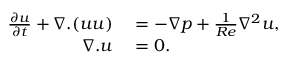
\begin{array} { r l } { \frac { \partial \boldsymbol { u } } { \partial t } + \nabla . ( { \boldsymbol { u } } { \boldsymbol { u } } ) } & { { } = - { \nabla } { p } + \frac { 1 } { R e } { \nabla } ^ { 2 } { \boldsymbol { u } } , } \\ { { \nabla } . { \boldsymbol { u } } } & { { } = 0 . } \end{array}